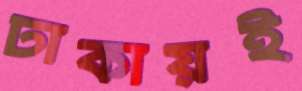
ঢাকায়ই